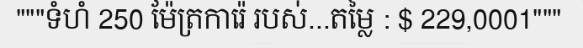
"""ទំហំ 250 ម៉ែត្រការ៉េ របស់...តម្លៃ : $ 229,0001"""